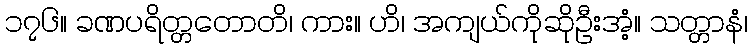
၁၇၆။ ခဏပရိတ္တတောတိ၊ ကား။ ဟိ၊ အကျယ်ကိုဆိုဦးအံ့။ သတ္တာနံ၊